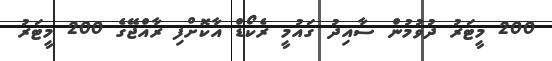
200 މީޓަރު ދުވުމުން ސާއިދު ގައުމީ ރެކޯޑް އާކޮށްފި ރާއްޖޭގެ 200 މީޓަރު